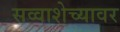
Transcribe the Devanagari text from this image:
सव्वाशेच्यावर